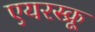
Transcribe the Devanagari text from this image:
एयरस्क्रू